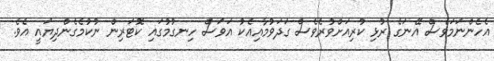
އެހެންނަމަވެސް އޭނަގެ ރުޅި ކުރިއަށްވުރެވެސް ގަދަވުމާއިއެކު އަވަސް ހިނގުމުގައި ކޮޓަރިން ނުކުމެގެންދިޔައީ އެވެ.